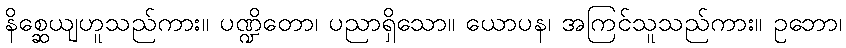
နိစ္ဆေယျဟူသည်ကား။ ပဏ္ဍိတော၊ ပညာရှိသော။ ယောပန၊ အကြင်သူသည်ကား။ ဥဘော၊